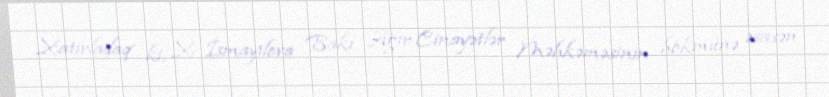
Xatırladaq ki, X. İsmayılova Bakı Ağır Cinayətlər Məhkəməsinin hökmünə əsasən